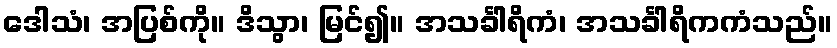
ဒေါသံ၊ အပြစ်ကို။ ဒိသွာ၊ မြင်၍။ အသင်္ခါရိကံ၊ အသင်္ခါရိကကံသည်။